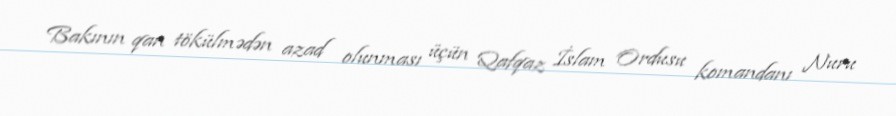
Bakının qan tökülmədən azad olunması üçün Qafqaz İslam Ordusu komandanı Nuru